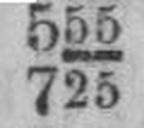
725